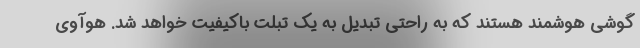
گوشی هوشمند هستند که به راحتی تبدیل به یک تبلت باکیفیت خواهد شد. هوآوی